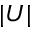
| U |